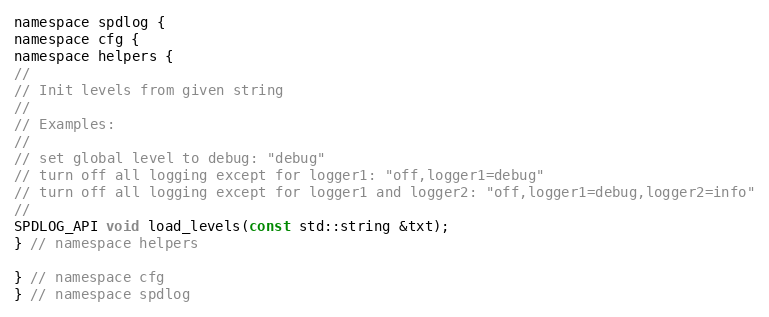
Language: C
namespace spdlog {
namespace cfg {
namespace helpers {
//
// Init levels from given string
//
// Examples:
//
// set global level to debug: "debug"
// turn off all logging except for logger1: "off,logger1=debug"
// turn off all logging except for logger1 and logger2: "off,logger1=debug,logger2=info"
//
SPDLOG_API void load_levels(const std::string &txt);
} // namespace helpers

} // namespace cfg
} // namespace spdlog